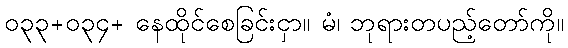
၀၃၃+၀၃၄+ နေထိုင်စေခြင်းငှာ။ မံ၊ ဘုရားတပည့်တော်ကို။